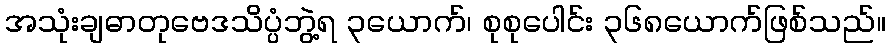
အသုံးချဓာတုဗေဒသိပ္ပံဘွဲ့ရ ၃ယောက်၊ စုစုပေါင်း ၃၆၈ယောက်ဖြစ်သည်။